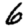
Digit: 6